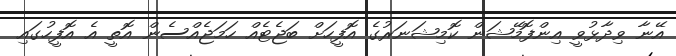
އޭނާ ވިދާޅުވީ އިންފޮމޭޝަން ކޮމިޝަނަރުގެ އޮފީހަށް ބަޖެޓެއް ހަމަޖެއްސެން އޮތީ އެ އޮފީހުގައި